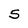
Character: 5